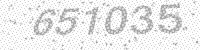
Solution: 651035